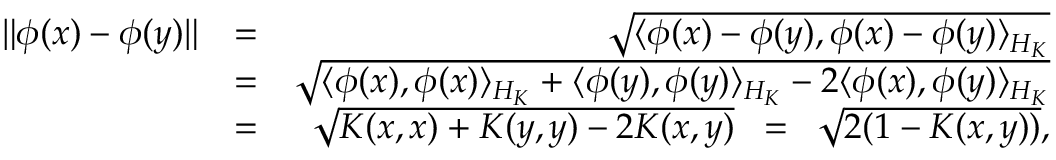
\begin{array} { r l r } { \| \phi ( x ) - \phi ( y ) \| } & { = } & { \sqrt { \langle \phi ( x ) - \phi ( y ) , \phi ( x ) - \phi ( y ) \rangle _ { { \cal H } _ { K } } } } \\ & { = } & { \sqrt { \langle \phi ( x ) , \phi ( x ) \rangle _ { { \cal H } _ { K } } + \langle \phi ( y ) , \phi ( y ) \rangle _ { { \cal H } _ { K } } - 2 \langle \phi ( x ) , \phi ( y ) \rangle _ { { \cal H } _ { K } } } } \\ & { = } & { \sqrt { K ( x , x ) + K ( y , y ) - 2 K ( x , y ) } \; \; = \; \; \sqrt { 2 ( 1 - K ( x , y ) ) } , } \end{array}